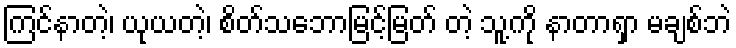
ကြင်နာတဲ့၊ ယုယတဲ့၊ စိတ်သဘောမြင့်မြတ် တဲ့ သူ့ကို နာတာရှာ မချစ်ဘဲ